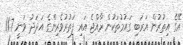
އޭގެ އިތުރުން އަރަބި ގައުމުތަކުން ރާއްޖެ އައި ފަތުރުވެރިންގެ އަދަދު ވަނީ 11.7